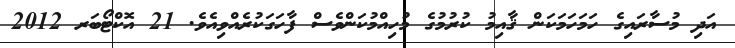
އަދި މުސާރައިގެ ހަމަހަމަކަން ޤާއިމު ކުރުމުގެ މުހިއްމުކަންވެސް ފާހަގަކުރެއްވިއެވެ. 21 އޮކްޓޯބަރ 2012